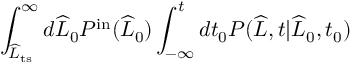
\int _ { \widehat { L } _ { \mathrm { t s } } } ^ { \infty } d \widehat { L } _ { 0 } P ^ { \mathrm { i n } } ( \widehat { L } _ { 0 } ) \int _ { - \infty } ^ { t } d t _ { 0 } P ( \widehat { L } , t | \widehat { L } _ { 0 } , t _ { 0 } )